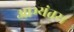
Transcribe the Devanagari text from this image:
आभ्यंतर।